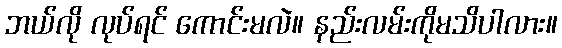
ဘယ်လို လုပ်ရင် ကောင်းမလဲ။ နည်းလမ်းကိုမသိပါလား။